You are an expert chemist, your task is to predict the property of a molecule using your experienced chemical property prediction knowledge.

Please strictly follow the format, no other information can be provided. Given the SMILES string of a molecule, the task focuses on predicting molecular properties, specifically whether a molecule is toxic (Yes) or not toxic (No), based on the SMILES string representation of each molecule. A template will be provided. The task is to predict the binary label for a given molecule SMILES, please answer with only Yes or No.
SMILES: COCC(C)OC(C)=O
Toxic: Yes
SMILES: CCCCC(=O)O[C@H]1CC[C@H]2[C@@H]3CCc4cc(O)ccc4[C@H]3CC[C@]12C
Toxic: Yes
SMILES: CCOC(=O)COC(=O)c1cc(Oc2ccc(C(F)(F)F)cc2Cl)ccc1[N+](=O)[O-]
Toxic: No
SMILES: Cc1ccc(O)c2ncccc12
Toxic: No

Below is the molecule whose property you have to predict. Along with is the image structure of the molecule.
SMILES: NCCCC[C@H](NC(=O)[C@@H]1CCCN1C(=O)[C@@H]1CSSC[C@H](N)C(=O)N[C@@H](Cc2ccc(O)cc2)C(=O)N[C@@H](Cc2ccccc2)C(=O)N[C@@H](CCC(N)=O)C(=O)N[C@@H](CC(N)=O)C(=O)N1)C(=O)NCC(N)=O
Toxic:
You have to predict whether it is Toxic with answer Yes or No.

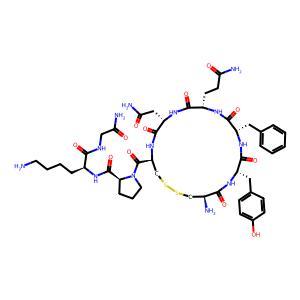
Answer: No